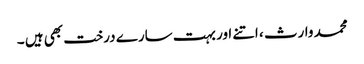
محمد وارث ، اتنے اور بہت سارے درخت بھی ہیں ۔